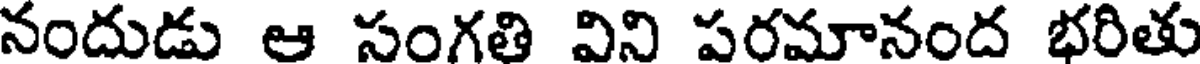
నందుడు ఆ సంగతి విని పరమానంద భరితు